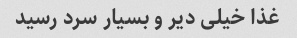
غذا خیلی دیر و بسیار سرد رسید